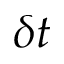
\delta t